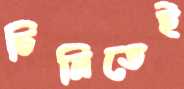
চিনিতেই